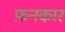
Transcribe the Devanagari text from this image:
फ़नकार